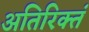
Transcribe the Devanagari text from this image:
अतिरिक्तं